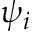
\psi _ { i }